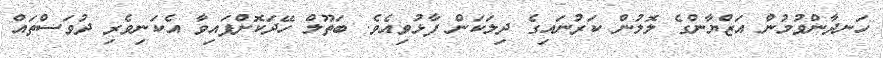
ހަނދާންވުމުން އަޒްޔާންގެ ލޮލުން ކަރުނައިގެ ދިލަކަން ފާޅުވިއެވެ. ބަތޫލް ހޭދަކޮށްފައިވާ އެކަނިވެރި ދުވަސްތައް